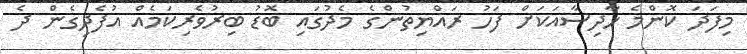
މިފަދަ ކޮންމެ ހާދިސާއަކަށް ފަހު ރައްޔިތުންގެ މެދުގައި ބޮޑު ބިރުވެރިކަމެއް އުފެދިގެން ދެ